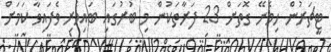
ޓީޗަރުން ހިމެނޭ ގޮތަށް 23 ފަރާތަކުން މި ބުރުގައި ބައިވެރި ވެފައިވާ ކަމަށް